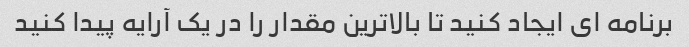
برنامه ای ایجاد کنید تا بالاترین مقدار را در یک آرایه پیدا کنید